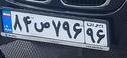
۸۴ص۷۹۶۹۶